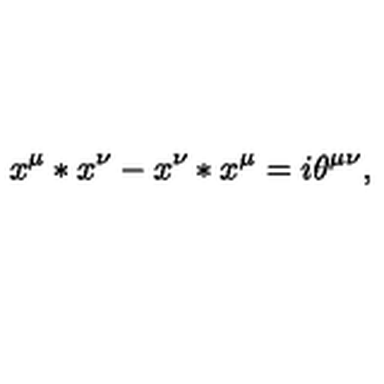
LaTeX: x ^ { \mu } * x ^ { \nu } - x ^ { \nu } * x ^ { \mu } = i \theta ^ { \mu \nu } ,